Jaan_Tonisson_(Lasteleht), lk 253
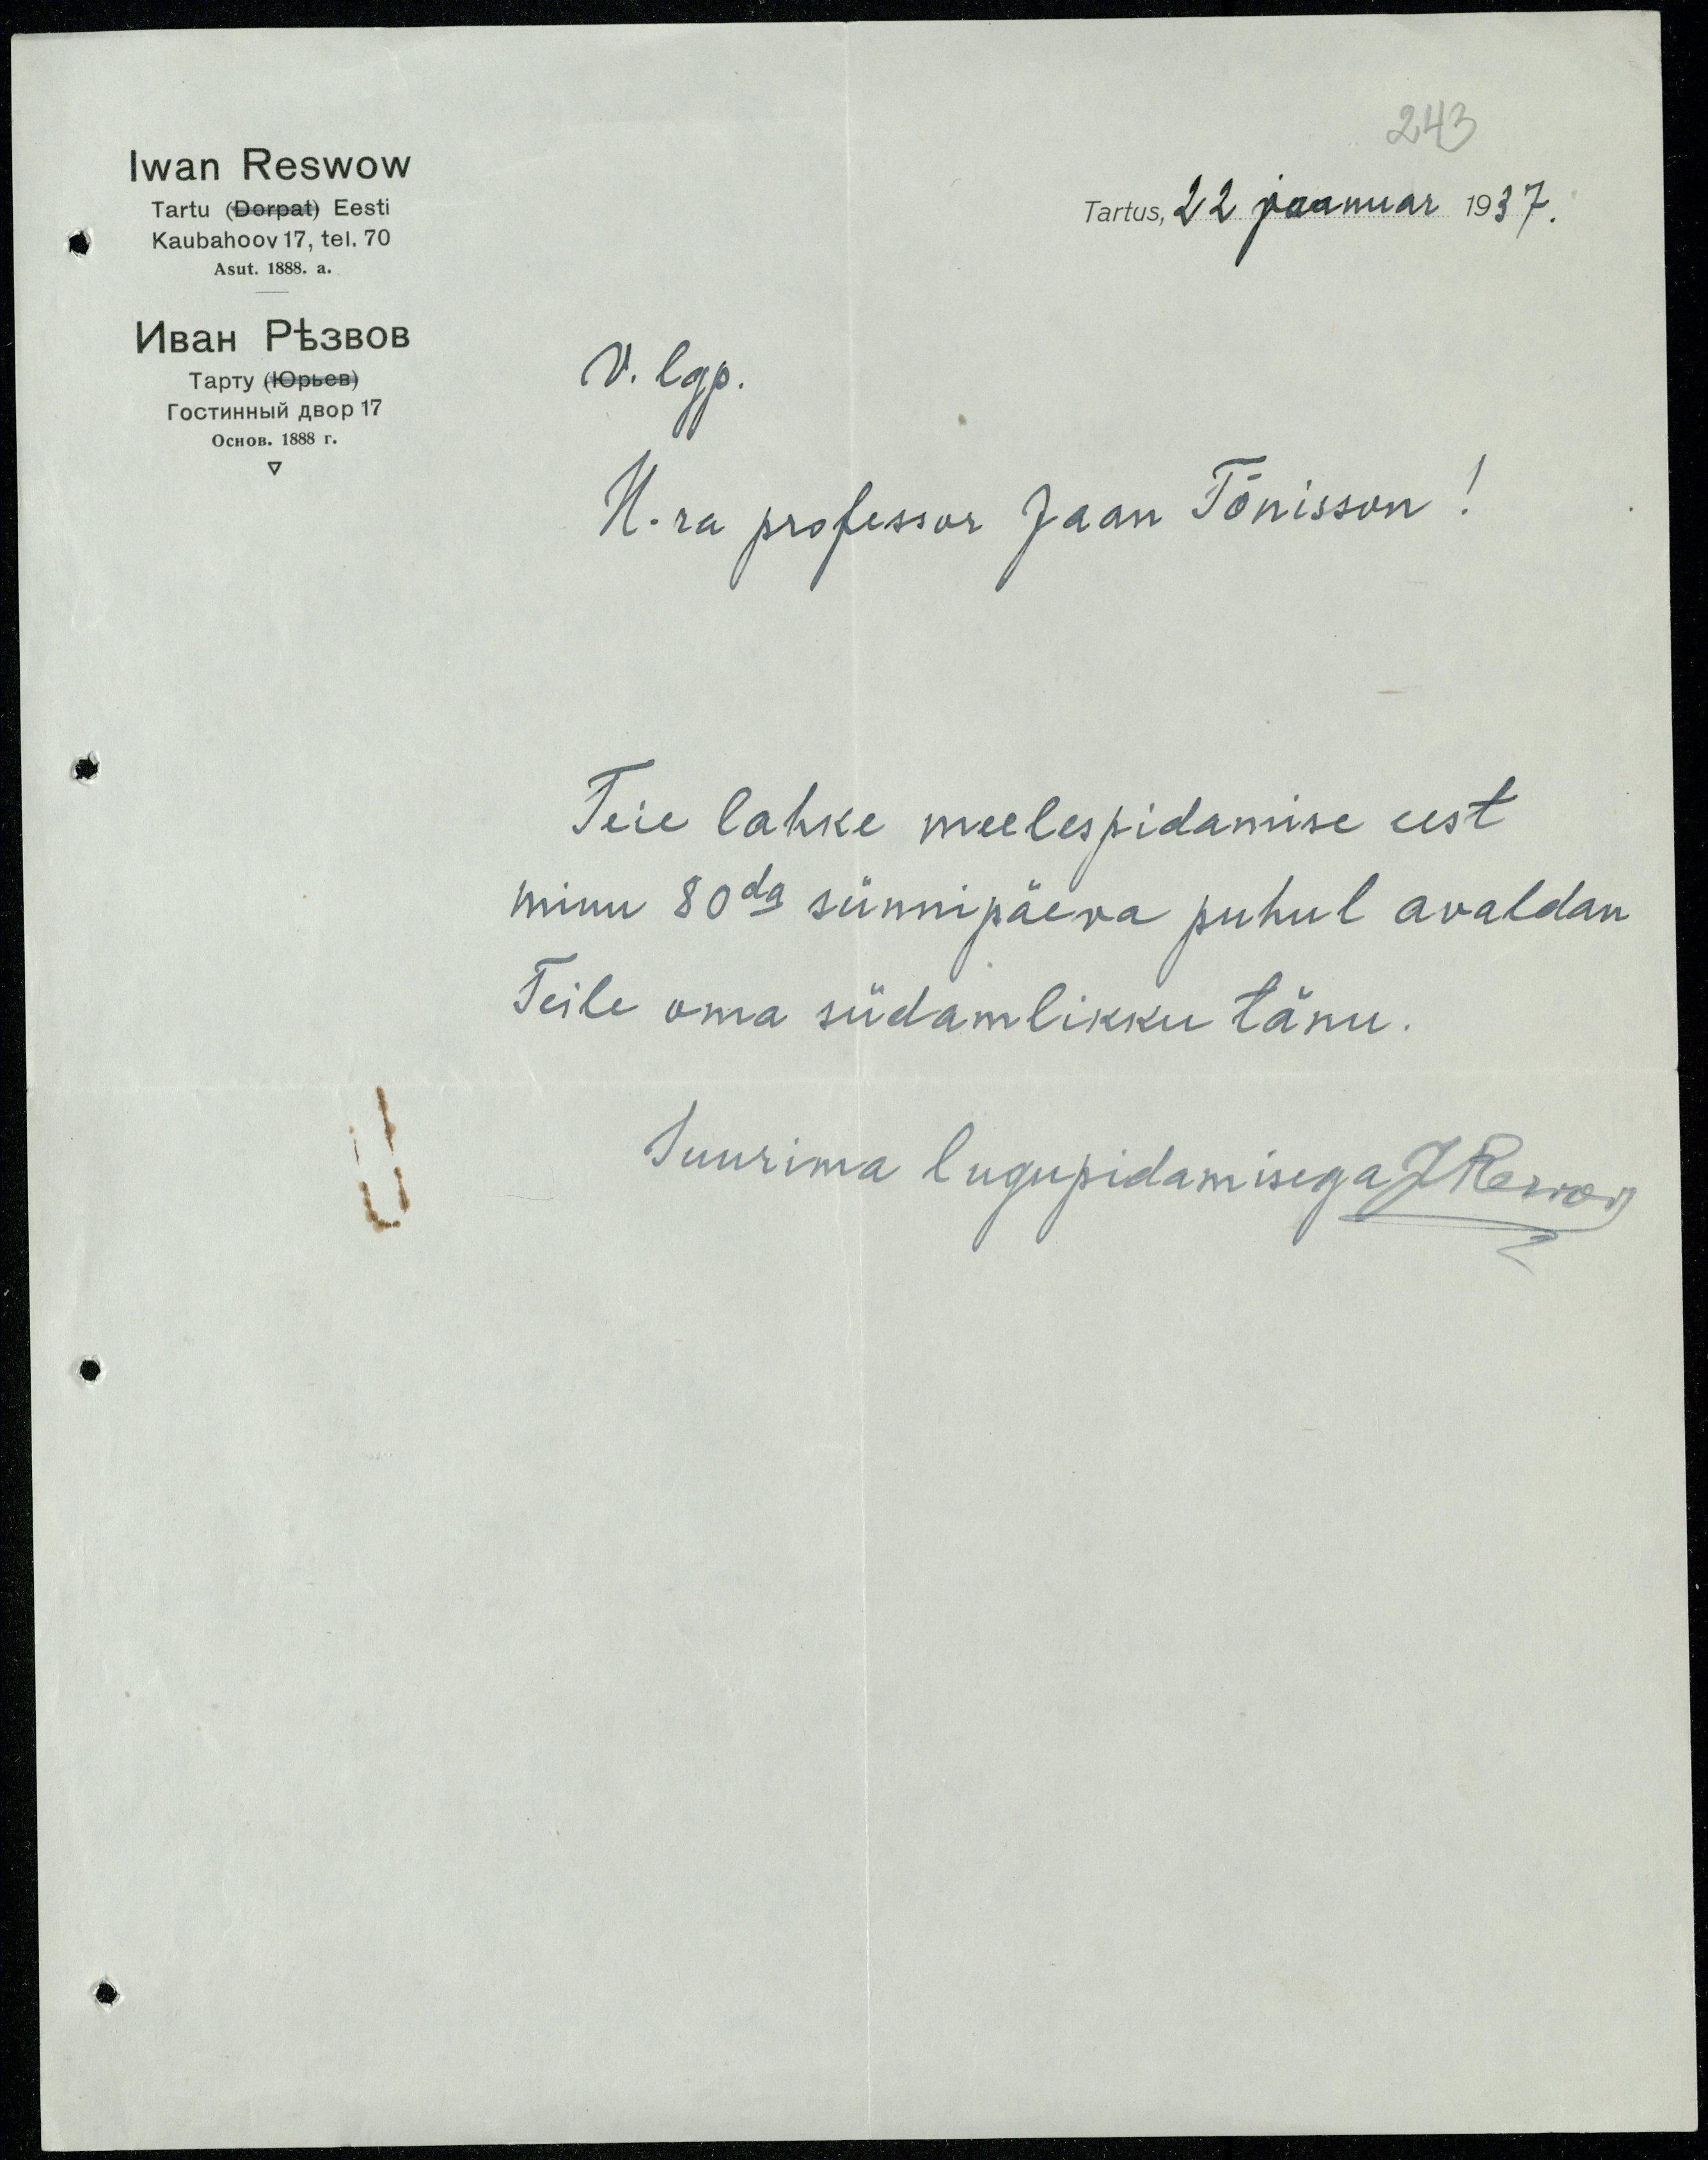
243
Iwan Reswow
Tartu (Dorpat) Eesti
Kaubahoov 17, tel. 70
Tartus, 22 jaanuar 1937.
Asut. 1888. a.
V. lgp.
H-ra professor Jaan Tõnisson!
Teie lahke meelespidamise eest,
minu 80da sünnipäeva puhul avaldan
Teile oma südamlikku tänu.
Suurima lugupidamisega JRevont